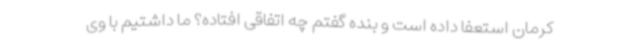
کرمان استعفا داده است و بنده گفتم چه اتفاقی افتاده؟ ما داشتیم با وی